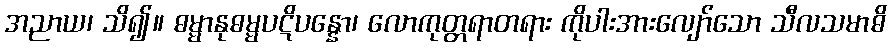
အညာယ၊ သိ၍။ ဓမ္မာနုဓမ္မပဋိပန္နော၊ လောကုတ္တရာတရား ကိုပါးအားလျော်သော သီလသမာဓိ